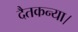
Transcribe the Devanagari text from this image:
दैतकन्या।